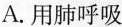
A.用肺呼吸